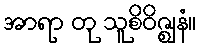
အာရာ တု သူစိဝိဇ္ဈနံ။